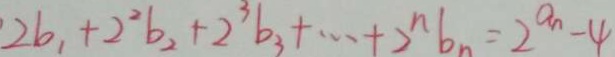
2 b _ { 1 } + 2 ^ { 2 } b _ { 2 } + 2 ^ { 3 } b _ { 3 } + \cdots + 2 ^ { n } b _ { n } = 2 ^ { a n } - 4